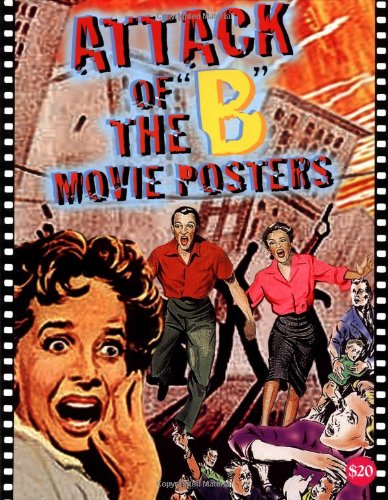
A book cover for Attack of the 'b' Movie Posters: The Illustrated History of Movies Through Posters; Crafts, Hobbies & Home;